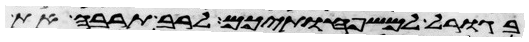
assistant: בגורל למשפחותיכם לרב תרבה את